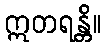
ဣတရန္တိ။